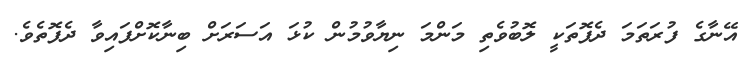
އޭނާގެ ފުރަތަމަ ދެފޮތަކީ ލޮބުވެތި މަންމަ ނިޔާވުމުން ކުޅަ އަސަރަށް ބިނާކޮށްފައިވާ ދެފޮތެވެ.